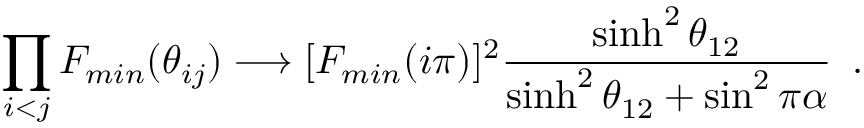
\prod _ { i < j } F _ { m i n } ( \theta _ { i j } ) \longrightarrow [ F _ { m i n } ( i \pi ) ] ^ { 2 } \frac { \sinh ^ { 2 } \theta _ { 1 2 } } { \sinh ^ { 2 } \theta _ { 1 2 } + \sin ^ { 2 } \pi \alpha } \, \, \, .